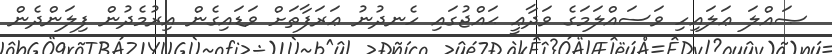
ޞައްލަ ޢަލައިހި ވަސައްލަމަގެ ވަދާޢީ ޙައްޖުގައި ހެނދުނު ޢަރަފާތަށް ވަޑައިގެން އިރުމެދުން ފިލަންދެން